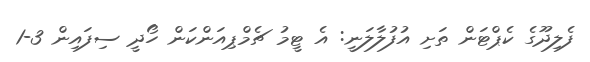
ފެލިދޫގެ ކެޕްޓަން ތަށި އުފުލާލަނީ: އެ ޓީމު ޗެމްޕިއަންކަން ހޯދީ ސިފައިން 3-1